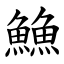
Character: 䲆